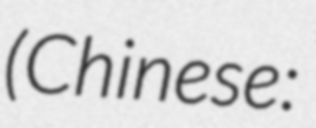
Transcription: (Chinese: